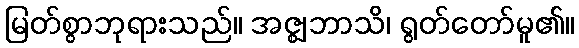
မြတ်စွာဘုရားသည်။ အဇ္ဈဘာသိ၊ ရွတ်တော်မူ၏။